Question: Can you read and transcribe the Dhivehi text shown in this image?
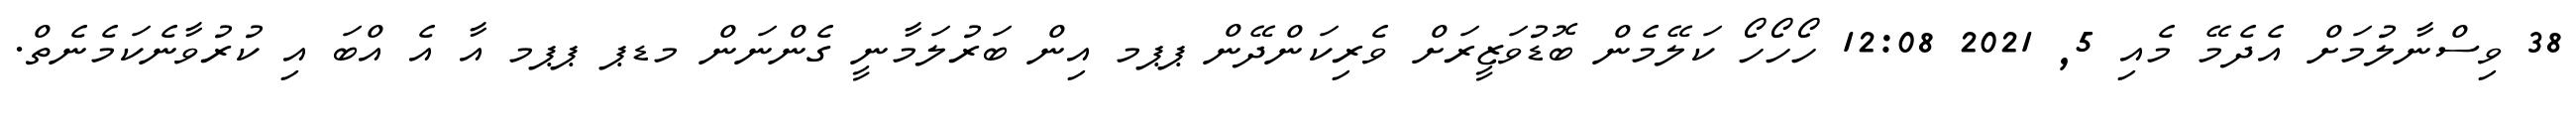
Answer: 38 ވިސްނާލުމަށް އެދެމޭ މެއި 5, 2021 12:08 ހޯހޯހޯ ކަލޭމެން ބޮޑުވަޒީރަށް ވެރިކަންދޭން ޕޕމ އިން ބަރުލަމާނީ ގެންނަން މޑޕ ޕޕމ އާ އެ އްބަ އި ކުރުވާނެކަމެނެތް.